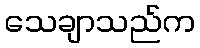
သေချာသည်က